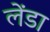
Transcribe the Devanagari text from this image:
लेंडा